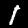
Digit: 1